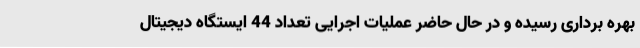
بهره برداری رسیده و در حال حاضر عملیات اجرایی تعداد 44 ایستگاه دیجیتال